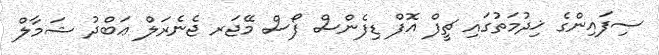
ސިފައިންގެ ޚިދުމަތުގައި ޗީފް އޮފް ޑިފެންސް ފޯސް މޭޖަރ ޖެނެރަލް ޢަބްދު ޝަމާލް